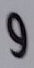
و